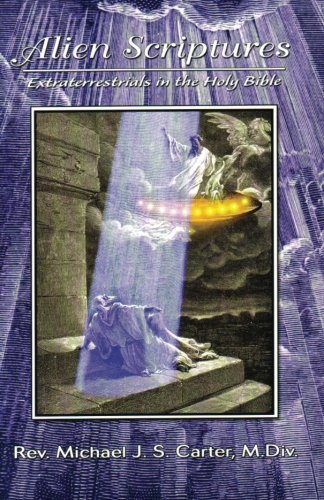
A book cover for Alien Scriptures: Extraterrestrials in the Holy Bible; Rev. Michael J.S. Carter; Science & Math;